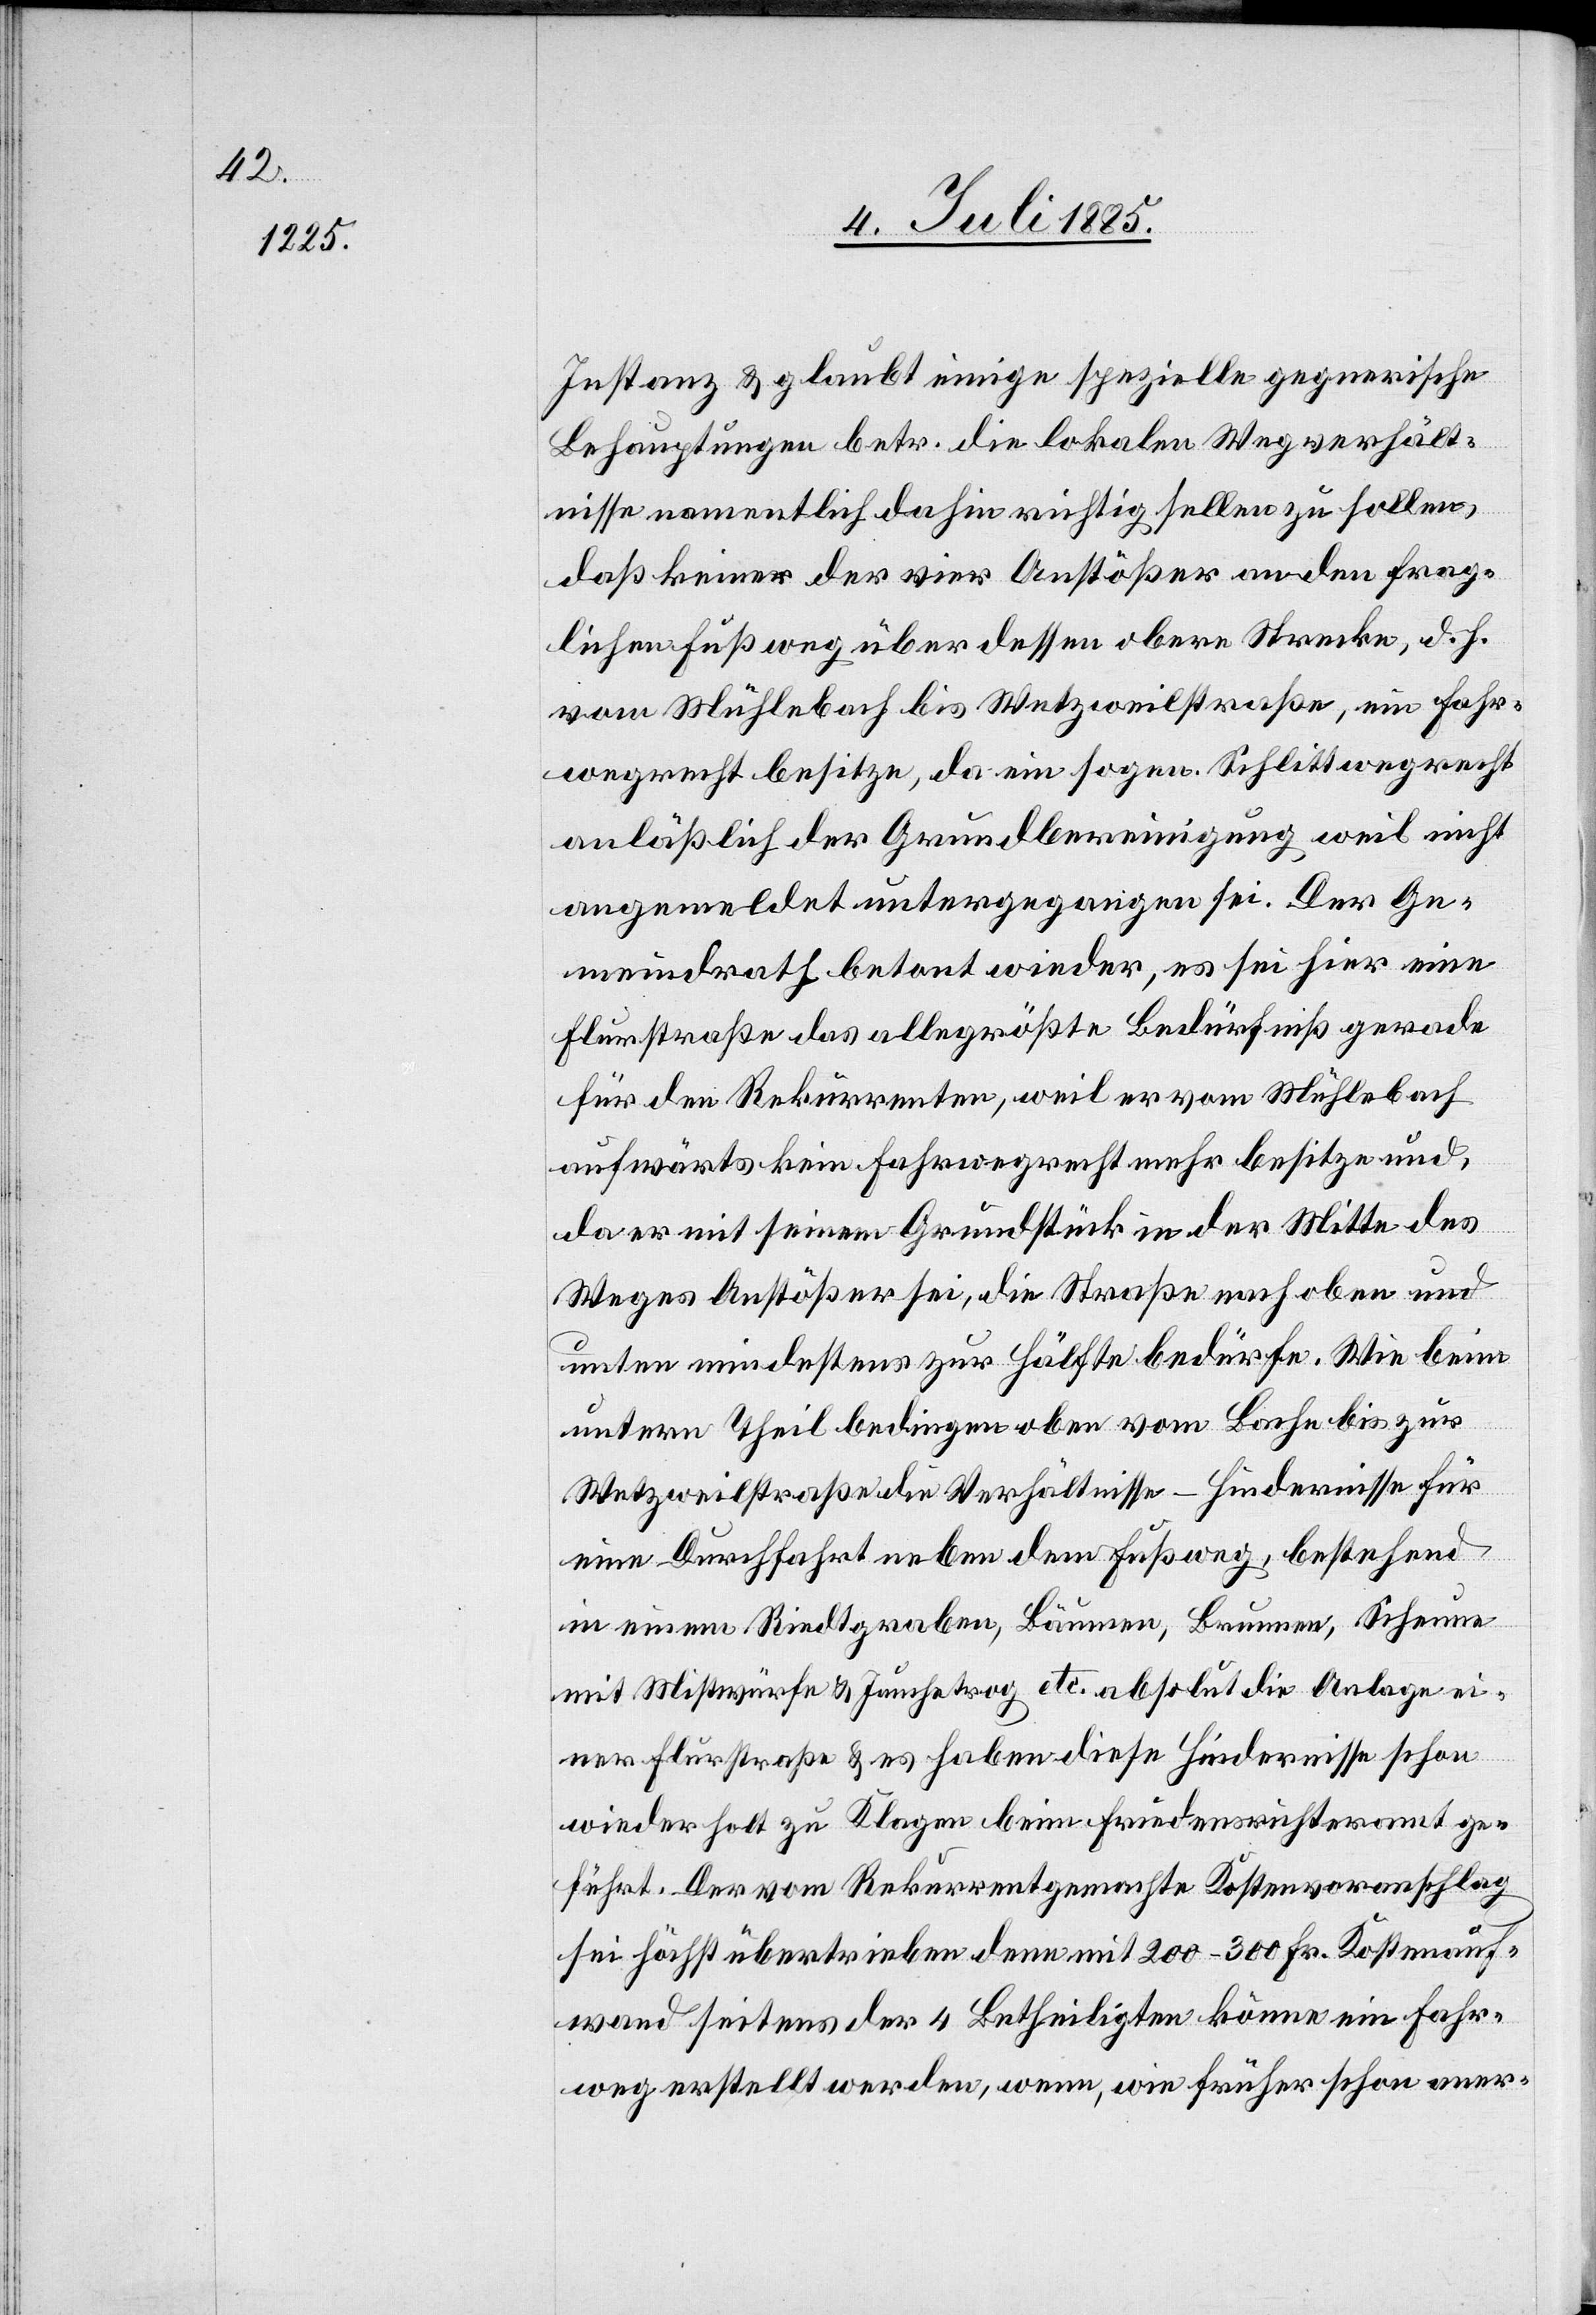
Instanz & glaubt einige spezielle gegnerische
Behauptungen betr. die lokalen Wegverhält¬
nisse namentlich dahin richtig stellen zu sollen,
daß keiner der vier Anstößer an den frag¬
lichen Fußweg über dessen obere Strecke, d. h.
vom Mühlenbach bis Wetzweilstraße, ein Fahr¬
wegrecht besitze, da ein sogen. Schlittwegrecht
anläßlich der Grundbereinigung weil nicht
angemeldet untergegangen sei. Der Ge¬
meindrath betont wieder, es sei hier eine
Flurstraße das alle[r]größte Bedürfniß gerade
für den Rekurrenten, weil er vom Mühlebach
aufwärts kein Fahrwegrecht mehr besitze und,
da er mit seinem Grundstück in der Mitte des
Weges Anstößer sei, die Straße nach oben und
unten mindestens zur Hälfte bedürfe. Wie beim
untern Theil bedingen oben vom Bache bis zur
Wetzweilstraße die Verhältnisse – Hindernisse für
eine Durchfahrt neben dem Fußweg, bestehend
in einem Riedtgraben, Bäumen, Brunnen, Scheune
mit Mistwürfe & Jauchetrog etc. absolut die Anlage ei¬
ner Flurstraße & es haben diese Hindernisse schon
wiederholt zu Klagen beim Friedensrichteramt ge¬
führt. Der vom Rekurrent gemachte Kostenvoranschlag
sei höchst übertrieben denn mit 200–300 Fr. Kostenauf¬
wand seitens der 4 Betheiligten könne ein Fahr¬
weg erstellt werden, wenn, wie früher schon aner-